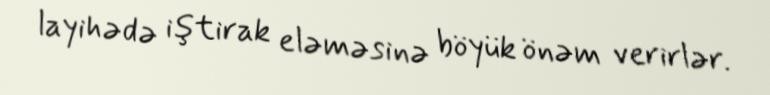
layihədə iştirak eləməsinə böyük önəm verirlər.